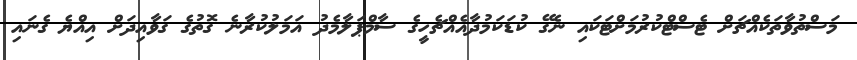
މަސްތުވާތަކެއްޗަށް ޓެސްޓްކުރުމަށްޓަކައި ނެގޭ ކުޑަކަމުދާއެއްޗެހީގެ ސާމްޕަލާމެދު އަމަލުކުރާނެ ގޮތުގެ ގަވާއިދަށް އިއްޔެ ގެނައި